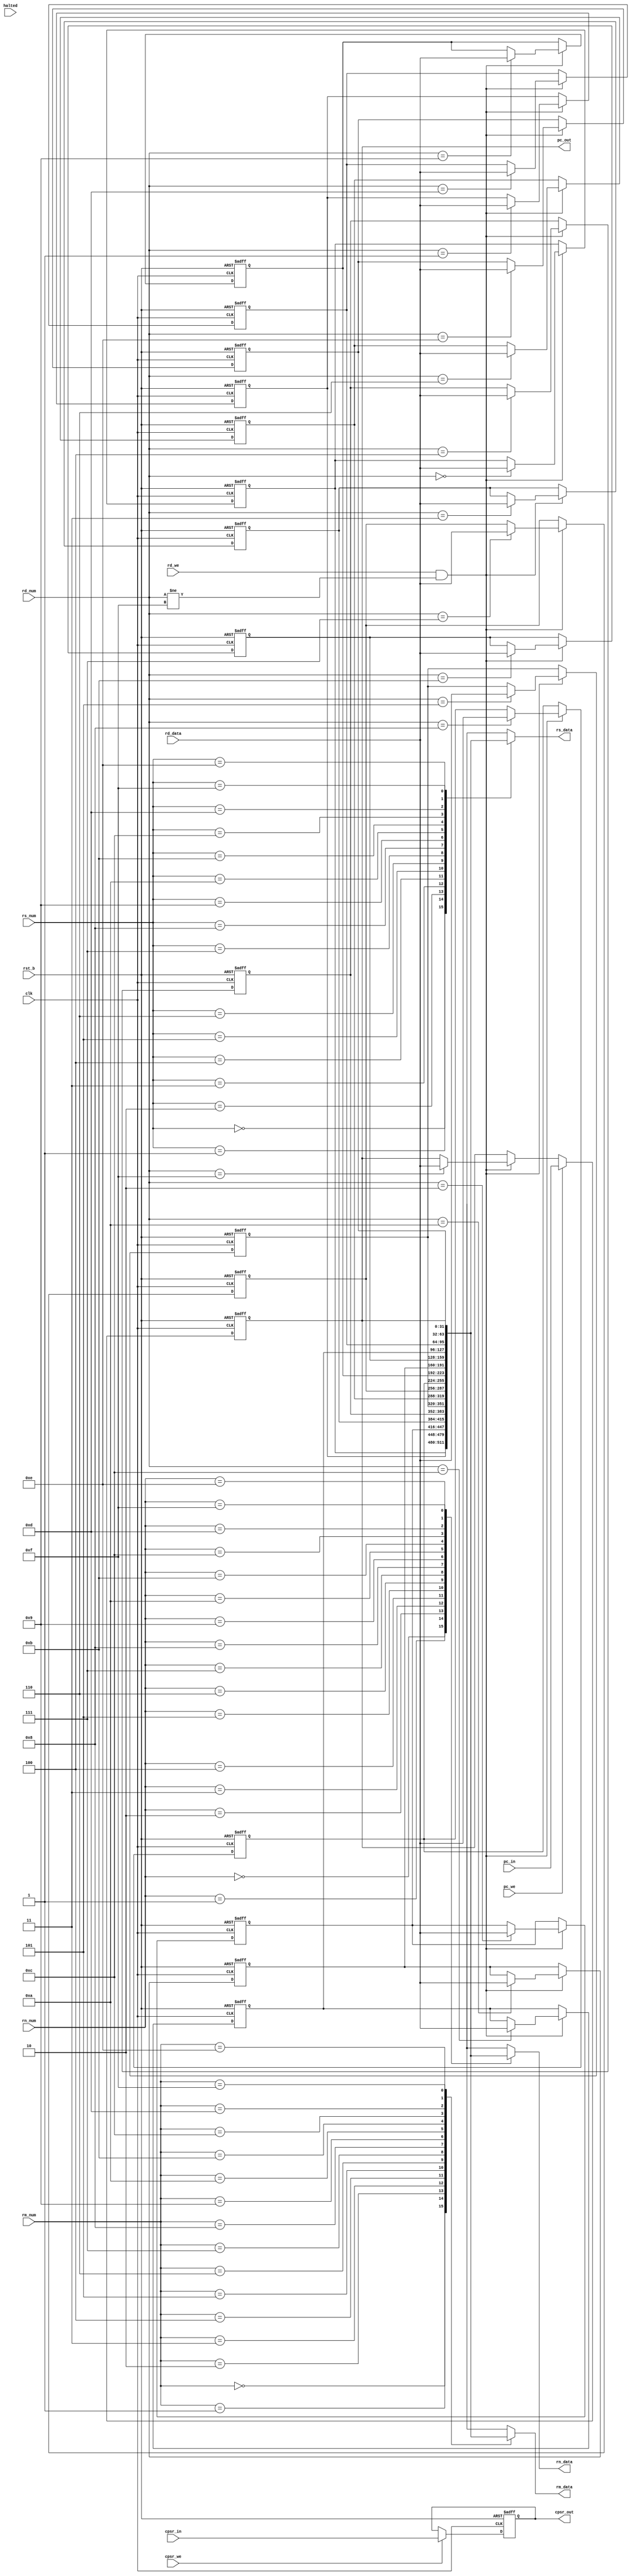
module regfile
(
  // Outputs
  rn_data, rm_data, rs_data, pc_out, cpsr_out,
  // Inputs
  rn_num, rm_num, rs_num, rd_num, rd_data, rd_we,
  pc_in, pc_we, cpsr_in, cpsr_we,
  clk, rst_b, halted
);

  parameter text_start  = 32'h00400000; /* Initial value of PC */

  input       [3:0]  rn_num, rm_num, rs_num, rd_num;
  input       [31:0] rd_data, pc_in, cpsr_in;
  input              rd_we, pc_we, cpsr_we, clk, rst_b, halted;
  output wire [31:0] rn_data, rm_data, rs_data, pc_out, cpsr_out;

  reg         [31:0] mem[0:15];
  reg         [31:0] cpsr;
  integer            i;

  always @(posedge clk or negedge rst_b) begin
    if (!rst_b) begin
      for (i = 0; i < 15; i = i+1)
        mem[i] <= 32'b0;
      mem[15] <= text_start;
      cpsr <= 32'b0;
    end else begin
      if (rd_we && (rd_num != 4'd15))
        mem[rd_num] <= rd_data;
      if (pc_we)
        mem[4'd15] <= pc_in;
      if (cpsr_we)
        cpsr <= cpsr_in;
    end
  end

  assign rn_data = mem[rn_num];
  assign rm_data = mem[rm_num];
  assign rs_data = mem[rs_num];
  assign pc_out = mem[4'd15];
  assign cpsr_out = cpsr;

  // synthesis translate_off
  //synopsys translate_off
  integer fd;
  always @(halted) begin
    if (rst_b && halted) begin
      fd = $fopen("regdump.txt");

      $display("--- 18-447 Register file dump ---");
      $display("=== Simulation Cycle %d ===", $time);

      $fdisplay(fd, "--- 18-447 Register file dump ---");
      $fdisplay(fd, "=== Simulation Cycle %d ===", $time);

      for(i = 0; i < 16; i = i+1) begin
        $display("R%d\t= 0x%8x\t( %0d )", i, mem[i], mem[i]);
        $fdisplay(fd, "R%d\t= 0x%8h\t( %0d )", i, mem[i], mem[i]);
      end
      $display("CPSR\t= 0x%8x\t( %0d )", cpsr, cpsr);
      $fdisplay(fd, "CPSR\t= 0x%8h\t( %0d )", cpsr, cpsr);

      $display("--- End register file dump ---");
      $fdisplay(fd, "--- End register file dump ---");

      $fclose(fd);
    end
  end
  //synopsys translate_on
  // synthesis translate_on

endmodule